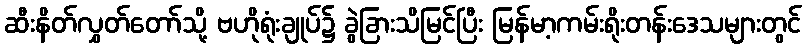
ဆီးနိတ်လွှတ်တော်သို့ ဗဟိုရုံးချုပ်၌ ခွဲခြားသိမြင်ပြီး မြန်မာ့ကမ်းရိုးတန်းဒေသများတွင်